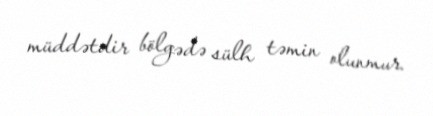
müddətdir bölgədə sülh təmin olunmur.